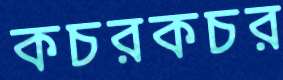
কচরকচর